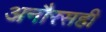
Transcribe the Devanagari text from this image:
अनौरसही